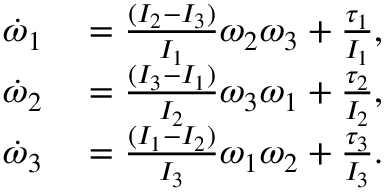
\begin{array} { r l } { \dot { \omega } _ { 1 } } & { { } = \frac { ( I _ { 2 } - I _ { 3 } ) } { I _ { 1 } } \omega _ { 2 } \omega _ { 3 } + \frac { \tau _ { 1 } } { I _ { 1 } } , } \\ { \dot { \omega } _ { 2 } } & { { } = \frac { ( I _ { 3 } - I _ { 1 } ) } { I _ { 2 } } \omega _ { 3 } \omega _ { 1 } + \frac { \tau _ { 2 } } { I _ { 2 } } , } \\ { \dot { \omega } _ { 3 } } & { { } = \frac { ( I _ { 1 } - I _ { 2 } ) } { I _ { 3 } } \omega _ { 1 } \omega _ { 2 } + \frac { \tau _ { 3 } } { I _ { 3 } } . } \end{array}